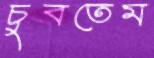
চুবতেম